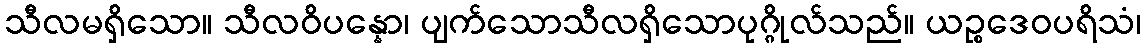
သီလမရှိသော။ သီလဝိပန္နော၊ ပျက်သောသီလရှိသောပုဂ္ဂိုလ်သည်။ ယဉ္စဒေဝပရိသံ၊